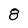
Character: 8